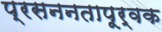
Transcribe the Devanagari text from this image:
प्रसननतापूर्वक